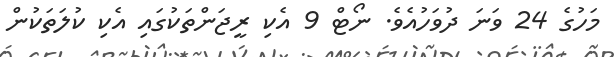
މަހުގެ 24 ވަނަ ދުވަހުއެވެ. ނޯޓް 9 އެކި ރީޖަންތަކުގައި އެކި ކުލަތަކުން